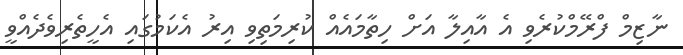
ނާޒިމް ފްރޭމްކުރެވި އެ އާއިލާ އަށް ހިތާމައެއް ކުރިމަތިވި އިރު އެކަމުގައި އެހީތެރިވެދެއްވީ